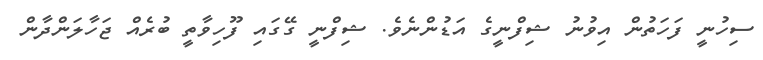
ސިހުނީ ފަހަތުން އިވުނު ޝިފްނީގެ އަޑުންނެވެ. ޝިފްނީ ގޭގައި ފޫހިވާތީ ބުރެއް ޖަހާލަންދާން